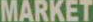
MARKET